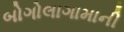
બોગોલાગામાની